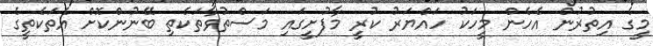
މީގެ އިތުރުން އެހެން މީހަކު ހައްޔަރު ކުރީ މާފުށީގައި މަސްތުވާތަކެތި ބޭނުންކޮށް އެތަކެތީގެ